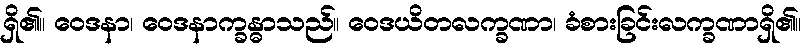
ရှိ၏။ ဝေဒနာ၊ ဝေဒနာက္ခန္ဓာသည်။ ဝေဒယိတလက္ခဏာ၊ ခံစားခြင်းလက္ခဏာရှိ၏။